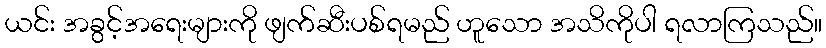
ယင်း အခွင့်အရေးများကို ဖျက်ဆီးပစ်ရမည် ဟူသော အသိကိုပါ ရလာကြသည်။